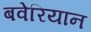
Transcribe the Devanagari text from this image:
बवेरियान